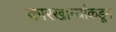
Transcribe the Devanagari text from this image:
कारखान्यांकडून